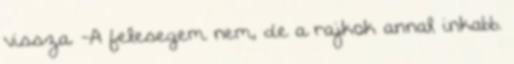
vissza. -A felesegem nem, de a rajkok annal inkabb.